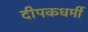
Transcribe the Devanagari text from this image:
दीपकधर्मी